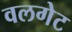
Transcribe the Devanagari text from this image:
वलगेट